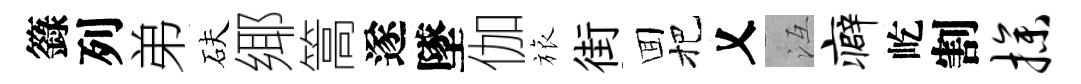
籙列弟砆鄊篙遂墜伽旅街囬把乂冱癖屹割操